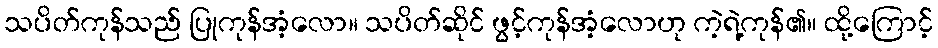
သပိတ်ကုန်သည် ပြုကုန်အံ့လော။ သပိတ်ဆိုင် ဖွင့်ကုန်အံ့လောဟု ကဲ့ရဲ့ကုန်၏။ ထို့ကြောင့်